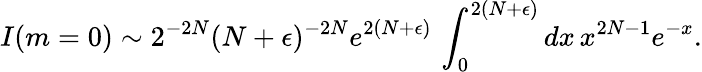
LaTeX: I(m=0)\sim 2^{-2N}(N+\epsilon)^{-2N}e^{2(N+\epsilon)}\, \int_{0}^{2(N+\epsilon)}dx\, x^{2N-1}e^{-x}.